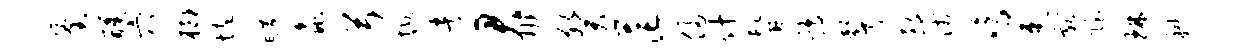
釜醺穴榔悴旷蠡弓悔者君班癸茫侵什髯鹑声郎贱鸣速献隐琳科